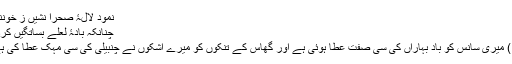
نمود لالۂ صحرا نشیں ز خوننابم
چنانکہ بادۂ لعلے بساتگیں کردند
(1) میری سانس کو بادِ بہاراں کی سی صفت عطا ہوئی ہے اور گھاس کے تنکوں کو میرے اشکوں نے چنبیلی کی سی مہک عطا کی ہے۔